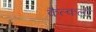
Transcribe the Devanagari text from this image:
कैल्कली